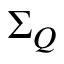
\Sigma _ { Q }